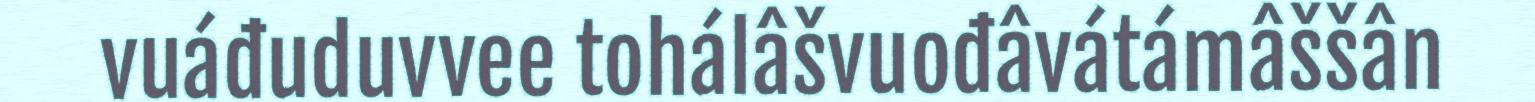
vuáđuduvvee tohálâšvuođâvátámâššân